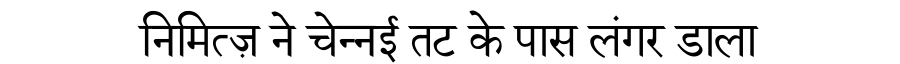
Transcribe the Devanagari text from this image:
निमित्ज़ ने चेन्नई तट के पास लंगर डाला